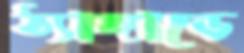
ঠ্যাঙ্গাড়ে